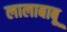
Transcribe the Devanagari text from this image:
लालाबाबू